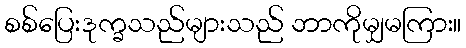
စစ်ပြေးဒုက္ခသည်များသည် ဘာကိုမျှမကြား။